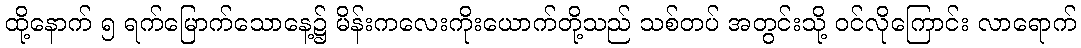
ထို့နောက် ၅ ရက်မြောက်သောနေ့၌ မိန်းကလေးကိုးယောက်တို့သည် သစ်တပ် အတွင်းသို့ ဝင်လိုကြောင်း လာရောက်